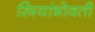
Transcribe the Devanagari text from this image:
स्त्रियांभोवती